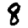
Digit: 8